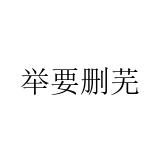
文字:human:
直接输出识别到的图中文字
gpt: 举要删芜